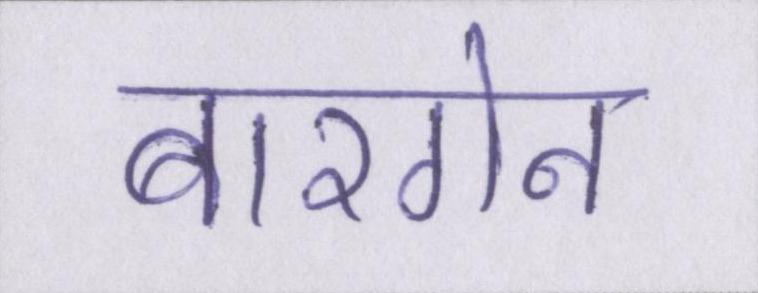
बारगेन